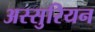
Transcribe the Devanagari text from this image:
अस्सुरियन